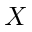
X